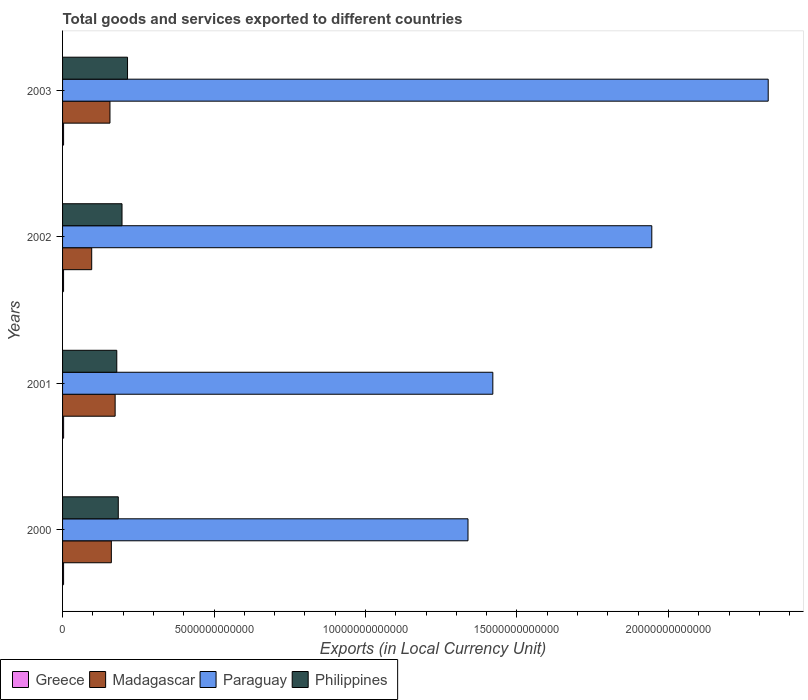
| Years | Greece | Madagascar | Paraguay | Philippines |
 | --- | --- | --- | --- | --- |
 | 2000 | 3.35e+10 | 1.61e+12 | 1.34e+13 | 1.84e+12 |
 | 2001 | 3.47e+10 | 1.74e+12 | 1.42e+13 | 1.79e+12 |
 | 2002 | 3.29e+10 | 9.62e+11 | 1.95e+13 | 1.96e+12 |
 | 2003 | 3.32e+10 | 1.56e+12 | 2.33e+13 | 2.14e+12 |